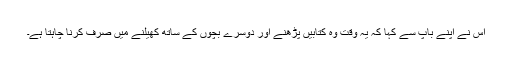
اس نے اپنے باپ سے کہا کہ یہ وقت وہ کتابیں پڑھنے اور دوسرے بچوں کے ساتھ کھیلنے میں صرف کرنا چاہتا ہے۔